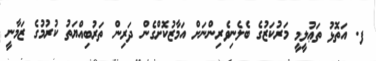
ފ. އަތޮޅު ތަޢުލީމީ މަރުކަޒުގެ ބެލެނިވެރިންނަށް އަމާޒުކޮށްގެން ދަރިން ތަރުބިއްޔަތު ކުރުމުގެ ޒަމާނީ